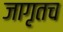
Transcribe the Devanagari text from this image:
जागृतच